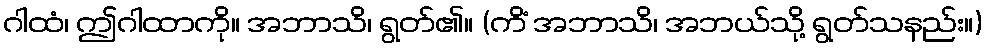
ဂါထံ၊ ဤဂါထာကို။ အဘာသိ၊ ရွတ်၏။ (ကိံ အဘာသိ၊ အဘယ်သို့ ရွတ်သနည်း။)